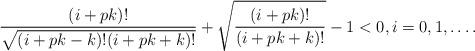
LaTeX: \begin{align*}\frac{(i+pk)!}{\sqrt{(i+pk-k)! (i+pk+k)!}} + \sqrt{\frac{(i+pk)!}{(i+pk+k)!}} - 1 < 0, i=0, 1, \ldots.\end{align*}